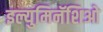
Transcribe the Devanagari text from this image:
इल्युमिनॅशिओ